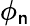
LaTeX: \phi_{\mathsf{n}}